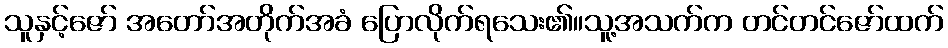
သူနှင့်ဇော် အတော်အတိုက်အခံ ပြောလိုက်ရသေး၏။သူ့အသက်က တင်တင်ဇော်ထက်